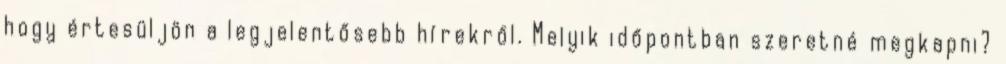
hogy értesüljön a legjelentősebb hírekről. Melyik időpontban szeretné megkapni?